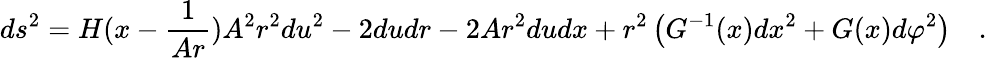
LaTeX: ds^{2}=H(x-\frac{1}{Ar})A^{2}r^{2}du^{2}-2dudr-2Ar^{2}dudx+r^{2}\left(G^{-1}(x)dx^{2}+G(x)d\varphi^{2}\right)\quad.